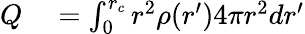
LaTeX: \begin{array}{rl}{Q}&{{}=\int_{0}^{r_{c}}r^{2}\rho(r^{\prime})4\pi r^{2}dr^{\prime}}\end{array}